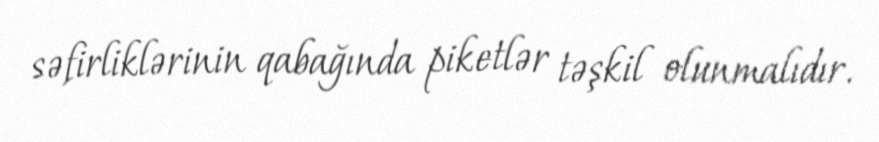
səfirliklərinin qabağında piketlər təşkil olunmalıdır.